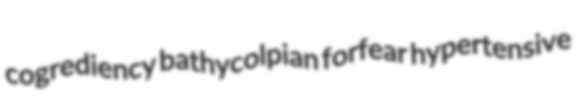
cogrediency bathycolpian forfear hypertensive